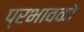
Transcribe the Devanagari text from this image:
प्रभावकों